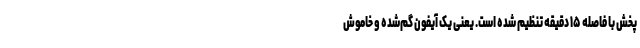
پخش با فاصله ۱۵ دقیقه تنظیم شده است. یعنی یک آیفون گم‌شده و خاموش